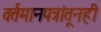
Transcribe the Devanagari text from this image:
वर्तमानपत्रांतूनही